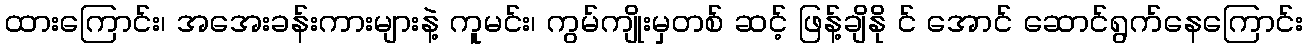
ထားကြောင်း၊ အအေးခန်းကားများနဲ့ ကူမင်း၊ ကွမ်ကျိုးမှတစ် ဆင့် ဖြန့်ချိနို င် အောင် ဆောင်ရွက်နေကြောင်း